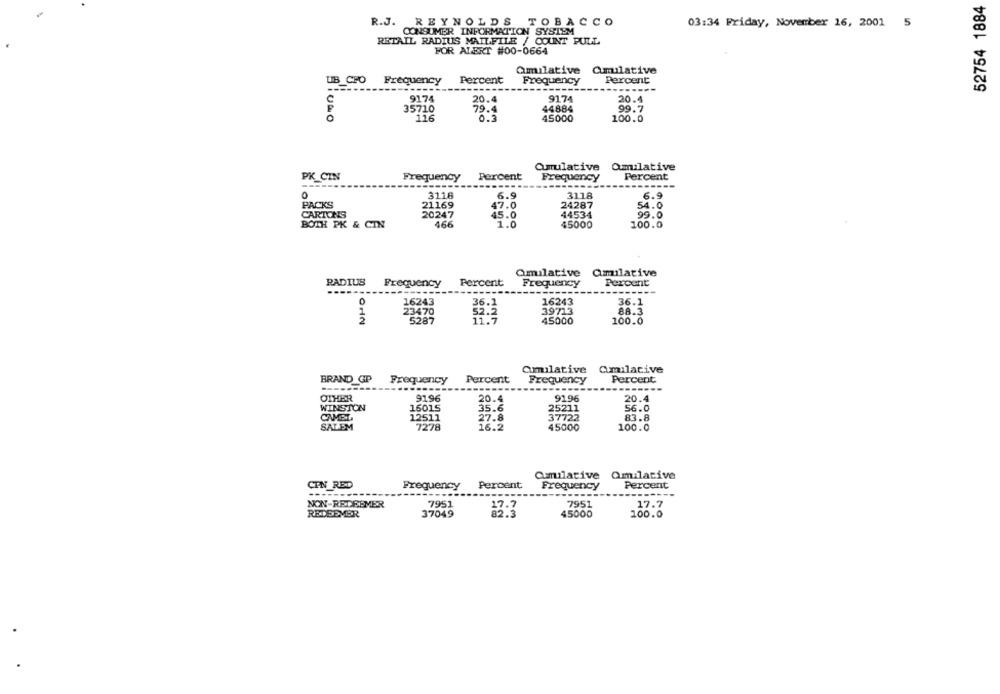
52754 1884
R.J. REYNOLDS TOBACCO
03:34 Friday, November 16, 2001 5
CONSUMER INFORMATION SYSTEM
RETAIL RADIUS MAILFILE / COUNT PULL
FOR ALERT #00-0664
Amilative Qmulative
UB CFO
Frequency
Percent
Frequency
Percent
--
C
9174
20.4
91.74
20.4
35710
79.4
44884
99.7
0
116
45000
0.3
100.0
Cumulative Qmulative
PK CIN
Frequency
Percent
Frequency
Percent
3118
6.9
3118
6.9
PACKS
21169
47.0
24287
54.0
CARTONS
20247
45.0
44534
99.0
BOTH PK & CIN
466
1.0
45000
100.0
Qmulative Qmilative
RADIUS
Frequency
Percent
Frequency
Bercent
16243
36.1
16243
36.1
23470
39713
88.3
32.2
OHIN
5287
11.7
45000
100.0
amulative Cumulative
BRAND GP
Frequency
Percent
Frequency
Percent
OTHER
91.96
20.4
9196
20.4
WINSTON
16015
35.6
25211
56.0
CAMEL,
12511
27.8
37722
83.8
SALEM
7278
16.2
45000
100.0
Cumulative Qmilative
CEN RED
Frequency
Percent
Frequency
Percent
NON-REDEEMER
7951
17.7
7951
17.7
REDEEMER
37049
45000
100.0